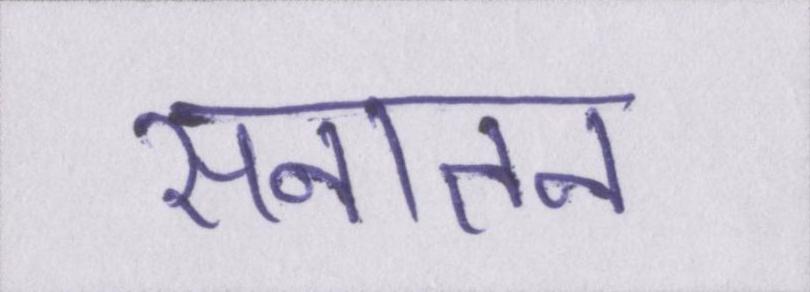
सनातन